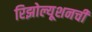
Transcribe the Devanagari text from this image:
रिझोल्यूशनची